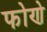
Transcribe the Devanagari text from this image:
फोणे